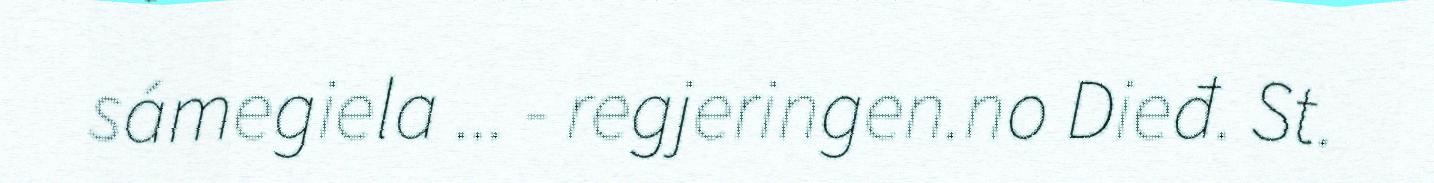
sámegiela ... - regjeringen.no Dieđ. St.